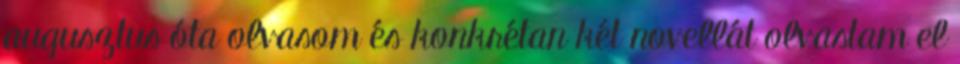
augusztus óta olvasom és konkrétan két novellát olvastam el